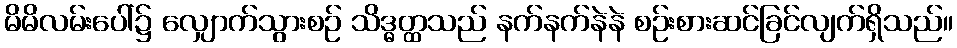
မိမိလမ်းပေါ်၌ လျှောက်သွားစဉ် သိဒ္ဓတ္ထသည် နက်နက်နဲနဲ စဉ်းစားဆင်ခြင်လျက်ရှိသည်။